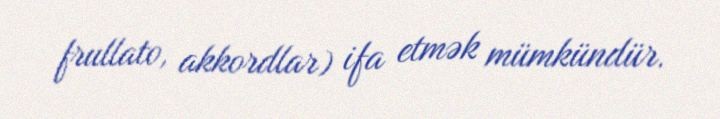
frullato, akkordlar) ifa etmək mümkündür.